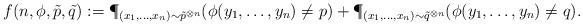
\begin{align*}f(n, \phi, \tilde{p}, \tilde{q}) := \P_{(x_1,\dots,x_n) \sim \tilde{p}^{\otimes n}}( \phi(y_1,\dots,y_n) \ne p) + \P_{(x_1,\dots,x_n) \sim \tilde{q}^{\otimes n}}( \phi(y_1,\dots,y_n) \ne q).\end{align*}